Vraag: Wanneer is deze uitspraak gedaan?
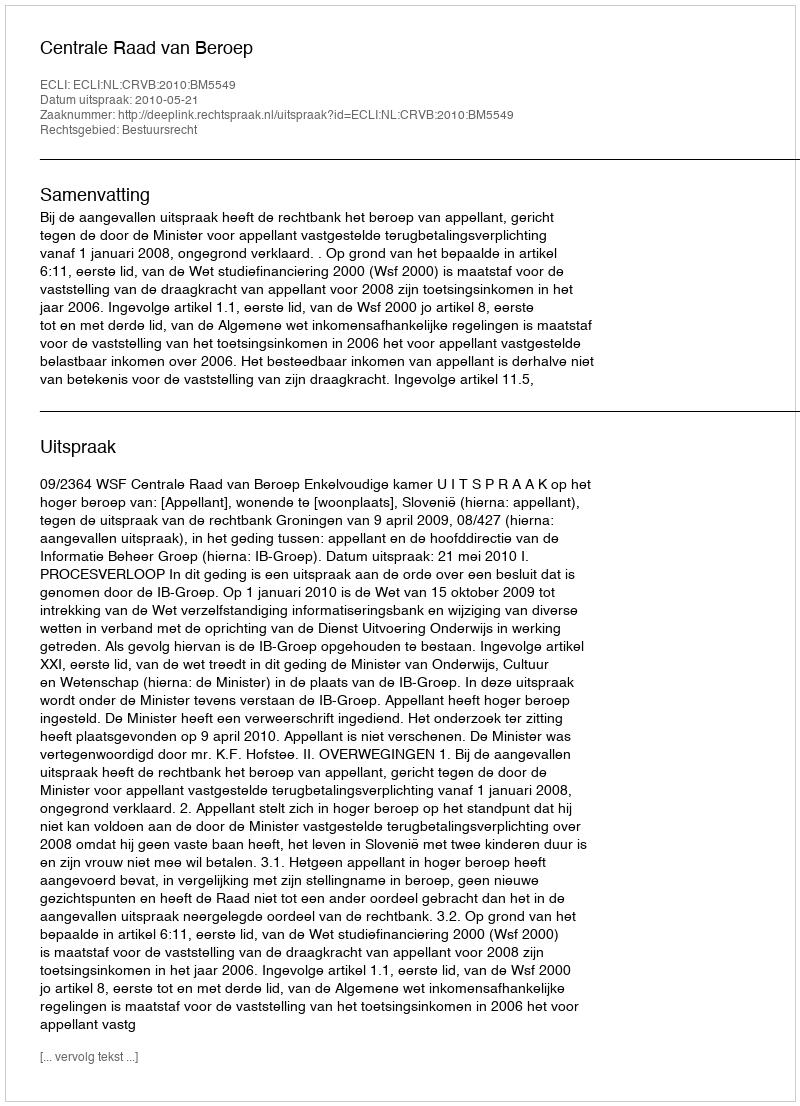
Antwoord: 2010-05-21